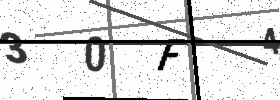
Text: 30F4